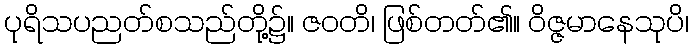
ပုရိသပညတ်စသည်တို့၌။ ဇဝတိ၊ ဖြစ်တတ်၏။ ဝိဇ္ဇမာနေသုပိ၊